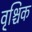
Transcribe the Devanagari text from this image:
वृ्श्चिक